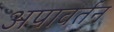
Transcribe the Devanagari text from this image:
अपावर्तन